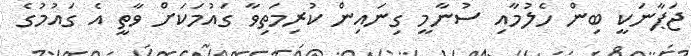
ޖަޕާނަކީ ބިން ހެލުމާއި ސުނާމީ ގިނައިން ކުރިމަތިވާ ގައުމަކަށް ވާތީ އެ ގައުމުގެ